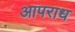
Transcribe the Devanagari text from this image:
आपराध